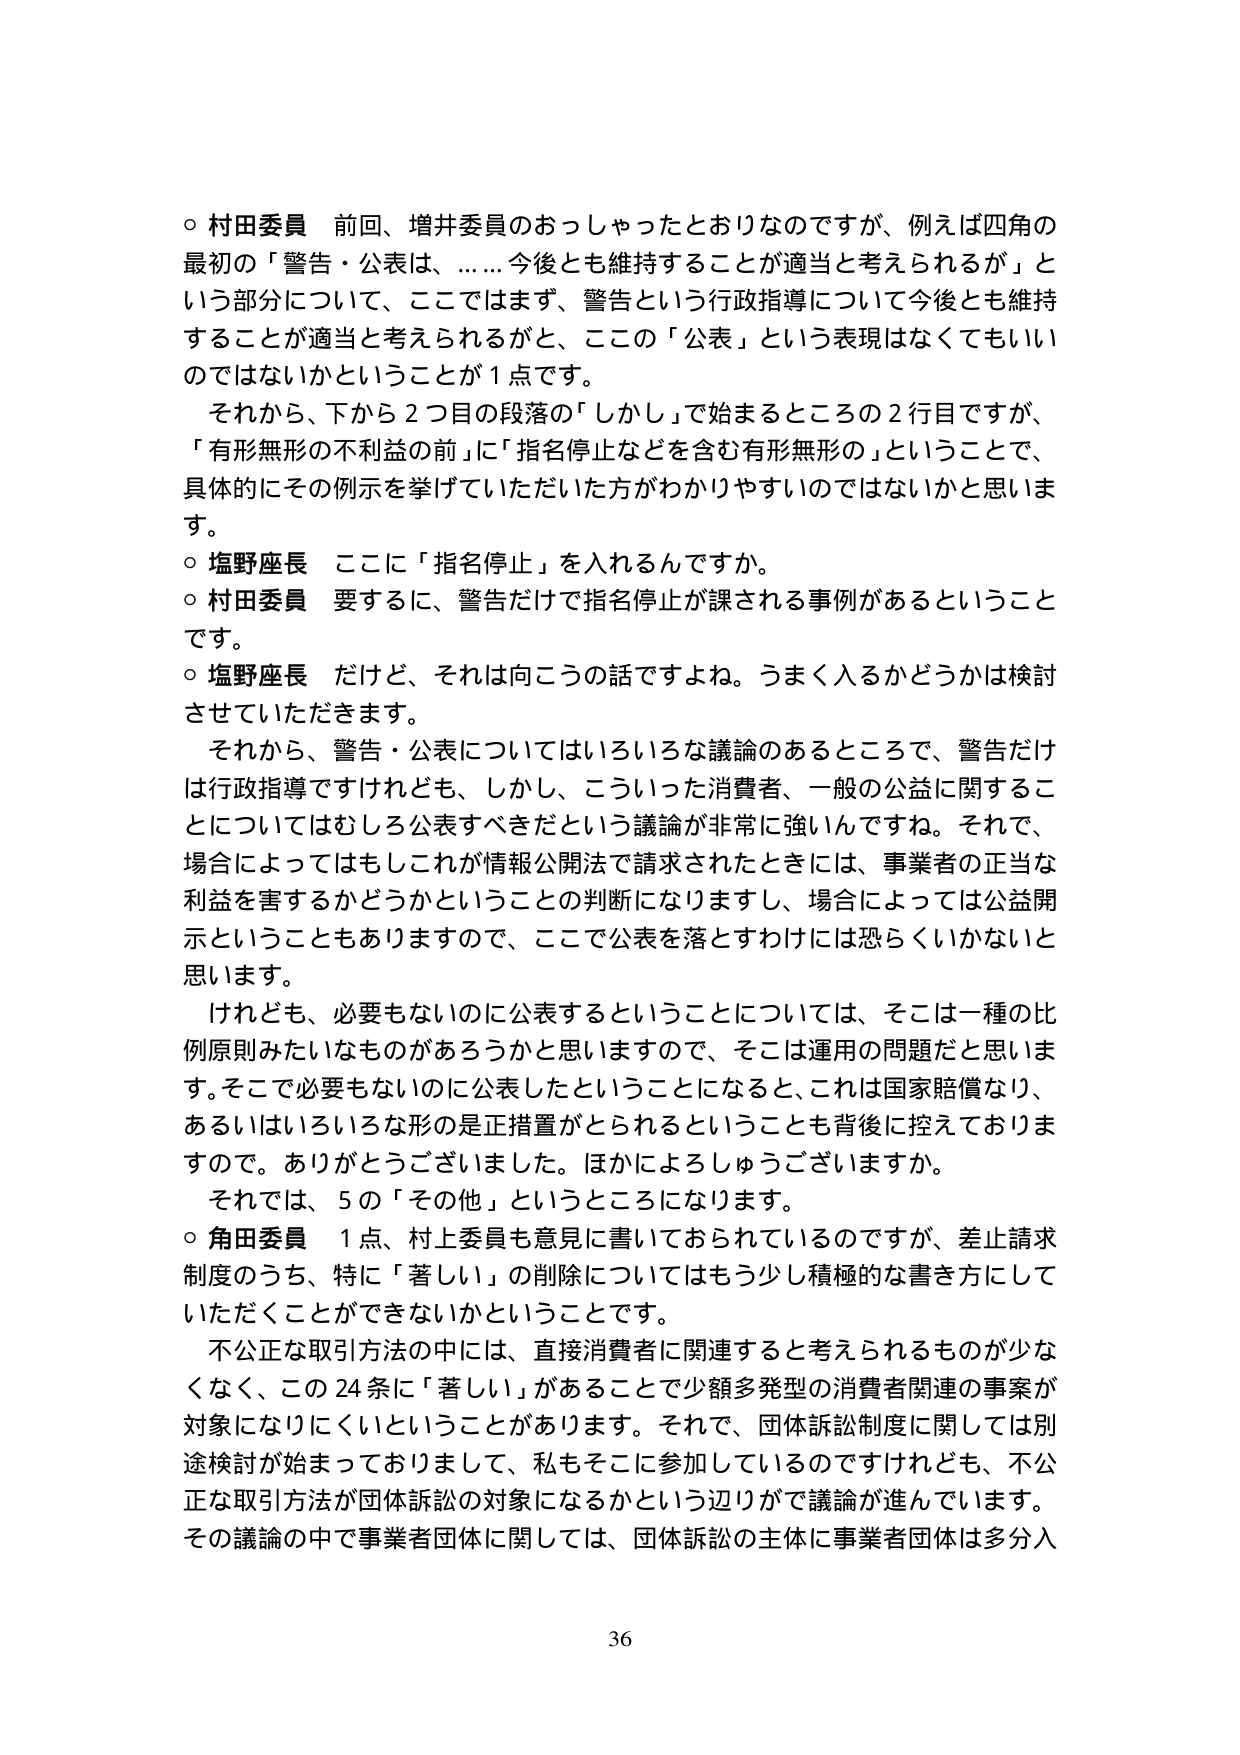
○ 村田委員 前回、増井委員のおっしゃったとおりなのですが、例えば四角の最初の「警告・公表は、……今後とも維持することが適当と考えられるが」という部分について、ここではまず、警告という行政指導について今後とも維持することが適当と考えられるがと、ここの「公表」という表現はなくてもいいのではないかということが１点です。

それから、下から２つ目の段落の「しかし」で始まるところの２行目ですが、「有形無形の不利益の前」に「指名停止などを含む有形無形の」ということで、具体的にその例示を挙げていただいた方がわかりやすいのではないかと思います。

○ 塩野座長 ここに「指名停止」を入れるんですか。

○ 村田委員 要するに、警告だけで指名停止が課される事例があるということです。

○ 塩野座長 だけど、それは向こうの話ですよね。うまく入るかどうかは検討させていただきます。

それから、警告・公表についてはいろいろな議論のあるところで、警告だけは行政指導ですけれども、しかし、こういった消費者、一般の公益に関することについてはむしろ公表すべきだという議論が非常に強いんですね。それで、場合によってはもしこれが情報公開法で請求されたときには、事業者の正当な利益を害するかどうかということの判断になりますし、場合によっては公益開示ということもありますので、ここで公表を落とすわけには恐らくいかないと思います。

けれども、必要もないのに公表するということについては、そこは一種の比例原則みたいなものがあるろうかと思いますので、そこは運用の問題だと思います。そこで必要もないのに公表したということになると、これは国家賠償なり、あるいはいろいろな形の是正措置がとられるということも背後に控えておりますので。ありがとうございました。ほかによろしうございますか。

それでは、５の「その他」というところになります。

○ 角田委員 １点、村上委員も意見に書いておられているのですが、差止請求制度のうち、特に「著しい」の削除についてはもう少し積極的な書き方にしていただくことができないかということです。

不公正な取引方法の中には、直接消費者に関連すると考えられるものが少なくなく、この24条に「著しい」があることで少額多発型の消費者関連の事案が対象になりにくいということがあります。それで、団体訴訟制度に関しては別途検討が始まっておりますし、私もそこに参加しているのですけれども、不公正な取引方法が団体訴訟の対象になるかという辺りで議論が進んでいます。その議論の中で事業者団体に関しては、団体訴訟の主体に事業者団体は多分入

36